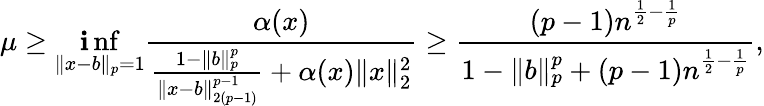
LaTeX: \mu\geq\operatorname*{\mathbf{i}nf}_{\| x-b\| _{p}=1}\frac{{\alpha(x)}}{{\frac{{1-\| b\| _{p}^{p}}}{{\| x-b\| _{2(p-1)}^{p-1}}}+\alpha(x)\| x\| _{2}^{2}}}\geq\frac{{(p-1)n^{\frac{{1}}{{2}}-\frac{{1}}{{p}}}}}{{1-\| b\| _{p}^{p}+(p-1)n^{\frac{{1}}{{2}}-\frac{{1}}{{p}}}}},